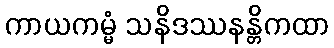
ကာယကမ္မံ သနိဒဿနန္တိကထာ